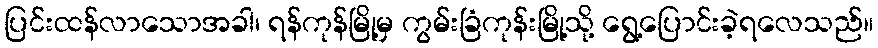
ပြင်းထန်လာသောအခါ၊ ရန်ကုန်မြို့မှ ကွမ်းခြံကုန်းမြို့သို့ ရွေ့ပြောင်းခဲ့ရလေသည်။